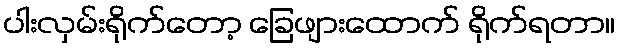
ပါးလှမ်းရိုက်တော့ ခြေဖျားထောက် ရိုက်ရတာ။